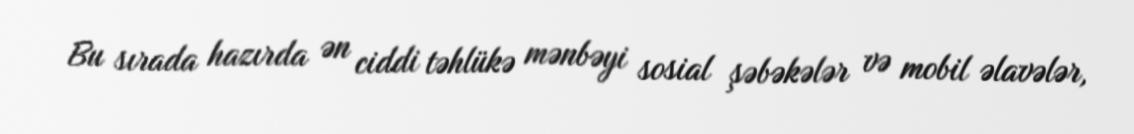
Bu sırada hazırda ən ciddi təhlükə mənbəyi sosial şəbəkələr və mobil əlavələr,